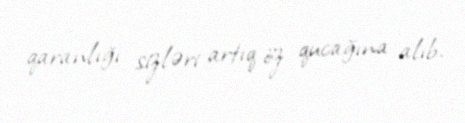
qaranlığı sizləri artıq öz qucağına alıb.